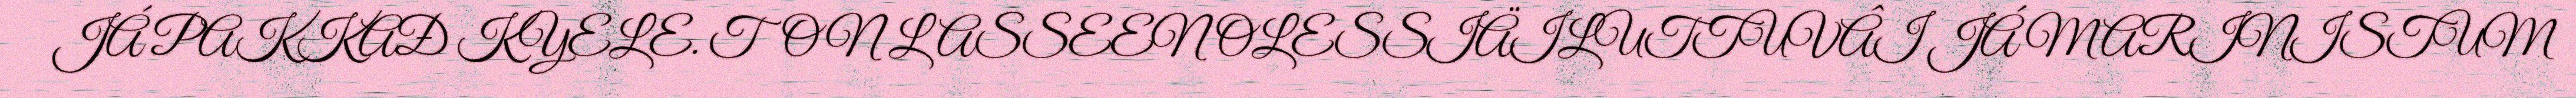
JÁ PAKKAĐ KYELE. TON LASSEEN OLESSIÄILUTTUVÂI JÁ MARINISTUM